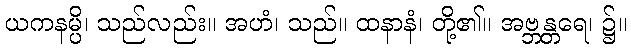
ယကနမ္ပိ၊ သည်လည်း။ အဟံ၊ သည်။ ထနာနံ၊ တို့၏။ အဗ္ဘန္တရေ၊ ၌။